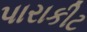
પારાકીટ